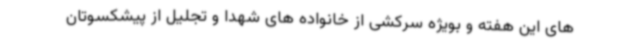
های این هفته و بویژه سرکشی از خانواده های شهدا و تجلیل از پیشکسوتان